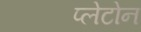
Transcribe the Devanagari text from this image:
प्लेटोन